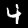
Digit: 4